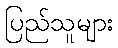
ပြည်သူများ